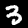
Digit: 3